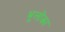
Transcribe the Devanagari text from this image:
भूलोंका